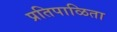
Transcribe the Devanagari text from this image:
प्रतिपाळिता